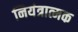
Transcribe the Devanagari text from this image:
नियंत्रात्मक